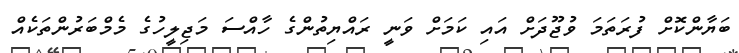
ބަޔާންކޮށް ފުރަތަމަ ވުޖޫދަށް އައި ކަމަށް ވަނީ ރައްޔިތުންގެ ހާއްސަ މަޖިލީހުގެ މެމްބަރުންތަކެއް